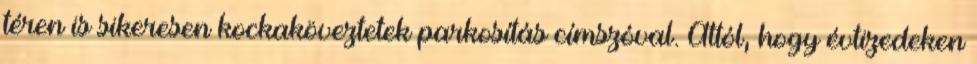
téren is sikeresen kockaköveztetek parkosítás címszóval. Attól, hogy évtizedeken